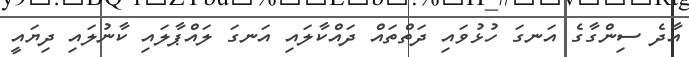
އާދެ ސިންގާގެ އަނގަ ހުޅުވައި ދަތްތައް ދައްކާލައި އަނގަ ލައްޕާލައި ކާނުލައި ދިޔައީ